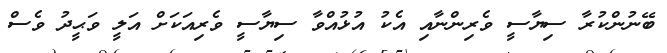
ބޭނުންކުރާ ސިޔާސީ ވެރިންނާއި އެކު އުޅުއްވާ ސިޔާސީ ވެރިއަކަށް އަލީ ވަޙީދު ވެސް